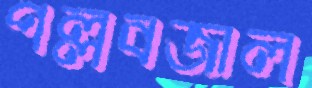
পল্লবজাল